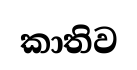
කාතිව